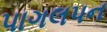
પાગલપન